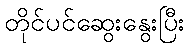
တိုင်ပင်ဆွေးနွေးပြီး